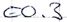
Text: E0.3